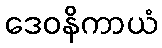
ဒေဝနိကာယံ